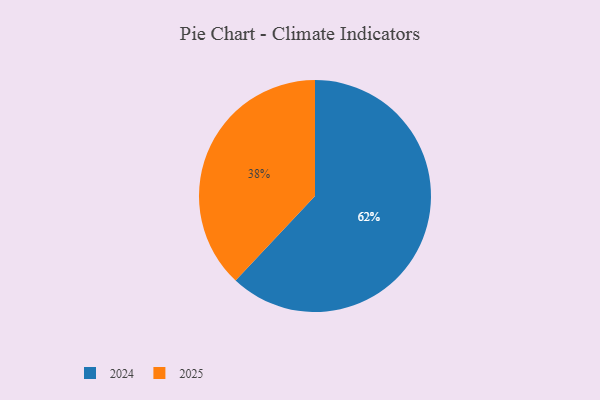
{"axis": {"x": "Category", "y": "Percentage"}, "legend": ["2024", "2025"], "data": [{"x": "2024", "y": 62, "type": "2024"}, {"x": "2025", "y": 38, "type": "2025"}]}